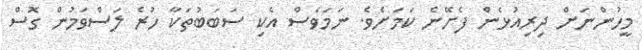
މީހުންނަށް ދިރިއުޅެން ފެށޭނެ ކަމަށެވެ. ނަމަވެސް އެކި ސަބަބުތަކާ ހުރެ ލަސްވަމުން ގޮސް